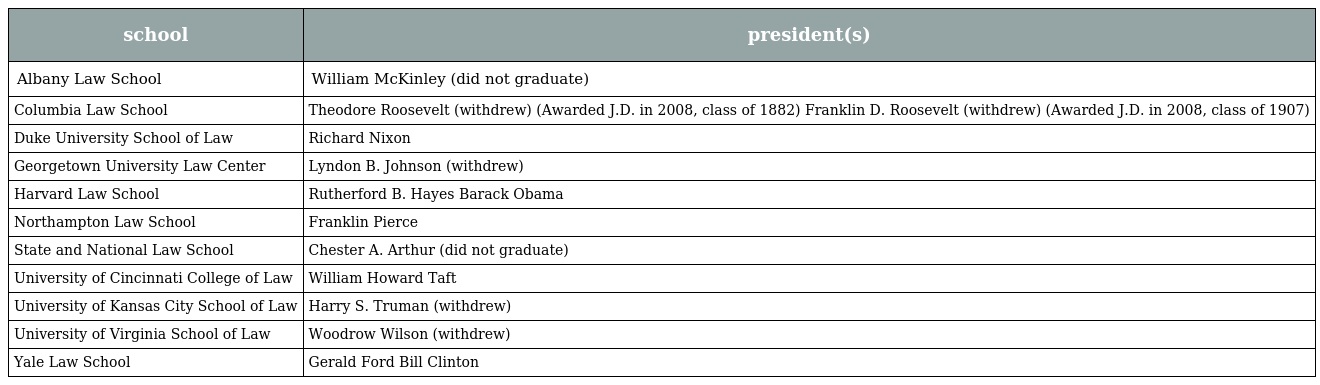
| school | president(s) |
 | --- | --- |
 | Albany Law School | William McKinley (did not graduate) |
 | Columbia Law School | Theodore Roosevelt (withdrew) (Awarded J.D. in 2008, class of 1882) Franklin D. Roosevelt (withdrew) (Awarded J.D. in 2008, class of 1907) |
 | Duke University School of Law | Richard Nixon |
 | Georgetown University Law Center | Lyndon B. Johnson (withdrew) |
 | Harvard Law School | Rutherford B. Hayes Barack Obama |
 | Northampton Law School | Franklin Pierce |
 | State and National Law School | Chester A. Arthur (did not graduate) |
 | University of Cincinnati College of Law | William Howard Taft |
 | University of Kansas City School of Law | Harry S. Truman (withdrew) |
 | University of Virginia School of Law | Woodrow Wilson (withdrew) |
 | Yale Law School | Gerald Ford Bill Clinton |